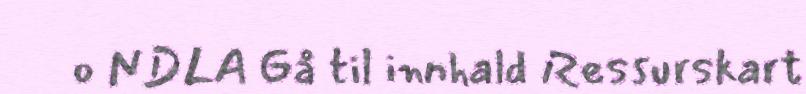
o NDLA Gå til innhald Ressurskart